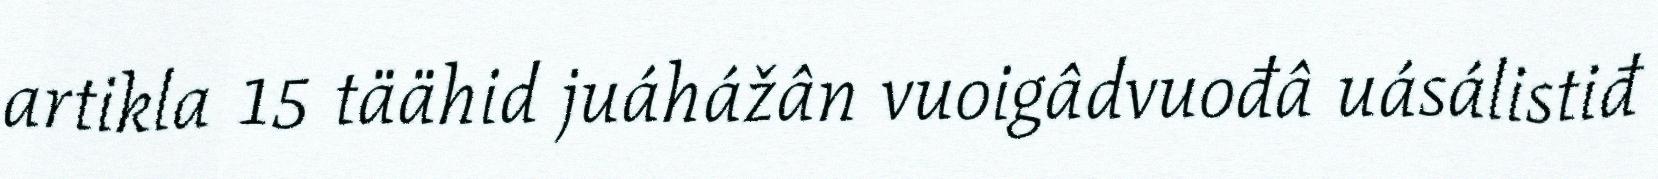
artikla 15 täähid juáhážân vuoigâdvuođâ uásálistiđ